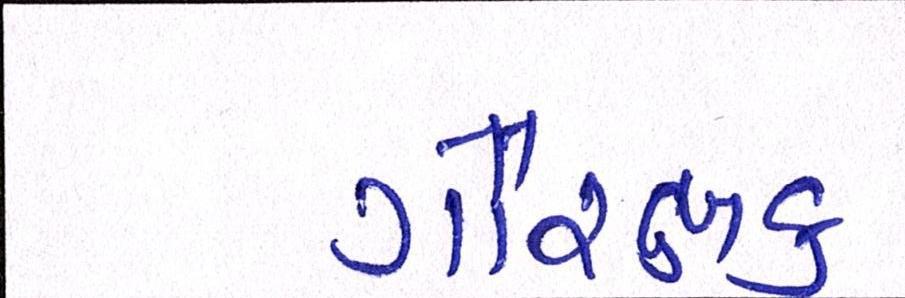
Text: ગૌરક્ષક